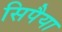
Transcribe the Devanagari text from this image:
सिपैया